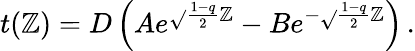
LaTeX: t(\mathbb{Z})=D\left(Ae^{\sqrt{}{{\frac{{1-q}}{{2}}}}\mathbb{Z}}-Be^{-\sqrt{}{{\frac{{1-q}}{{2}}}}\mathbb{Z}}\right)\, .